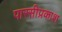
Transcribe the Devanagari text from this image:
पारसीप्रकाश